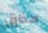
مذاق